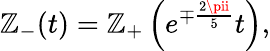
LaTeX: \mathbb{Z}_{-}(t)=\mathbb{Z}_{+}\left(e^{\mp{\frac{{2\pii}}{{5}}}}t\right),